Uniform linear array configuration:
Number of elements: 12
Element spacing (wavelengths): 1
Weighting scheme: kaiser
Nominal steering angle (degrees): -45
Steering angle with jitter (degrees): -45.08
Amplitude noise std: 0.05
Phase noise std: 0.05

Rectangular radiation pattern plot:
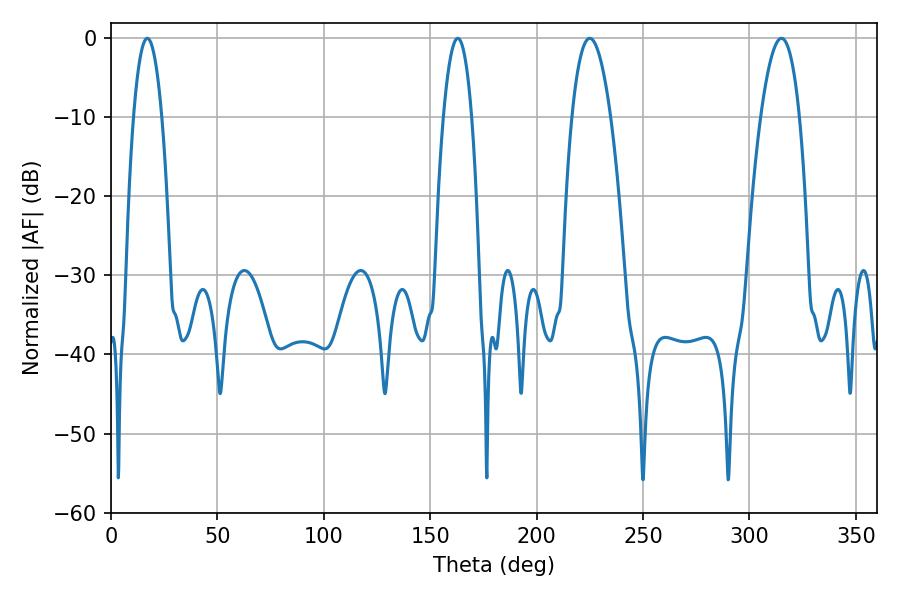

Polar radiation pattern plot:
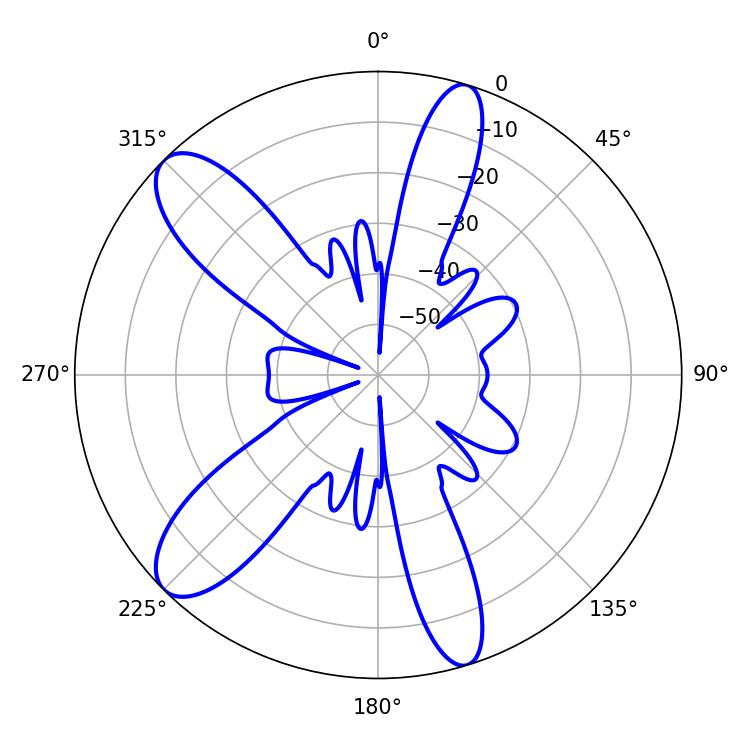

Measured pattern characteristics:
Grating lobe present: TRUE
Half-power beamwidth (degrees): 10.08
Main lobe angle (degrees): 225